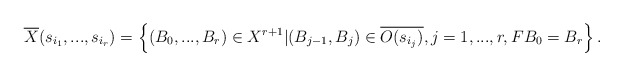
\begin{align*}\overline{X}(s_{i_1},...,s_{i_r})=\left\{(B_0,...,B_r)\in X^{r+1}|(B_{j-1},B_j)\in \overline{O(s_{i_j})}, j=1,...,r, FB_0=B_r\right\}.\end{align*}